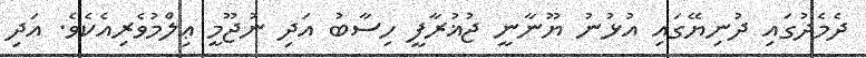
ދެމެދުގައި ދުނިޔޭގައި އުޅުނު ޔޫނާނީ ޖުޣުރާފީ ހިސާބު އަދި ނުޖޫމީ ޢިލްމުވެރިއެކެވެ. އަދި